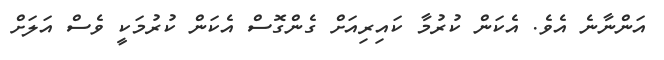
އަންނާނެ އެވެ. އެކަން ކުރުމާ ކައިރިއަށް ގެންގޮސް އެކަން ކުރުމަކީ ވެސް އަލަށް